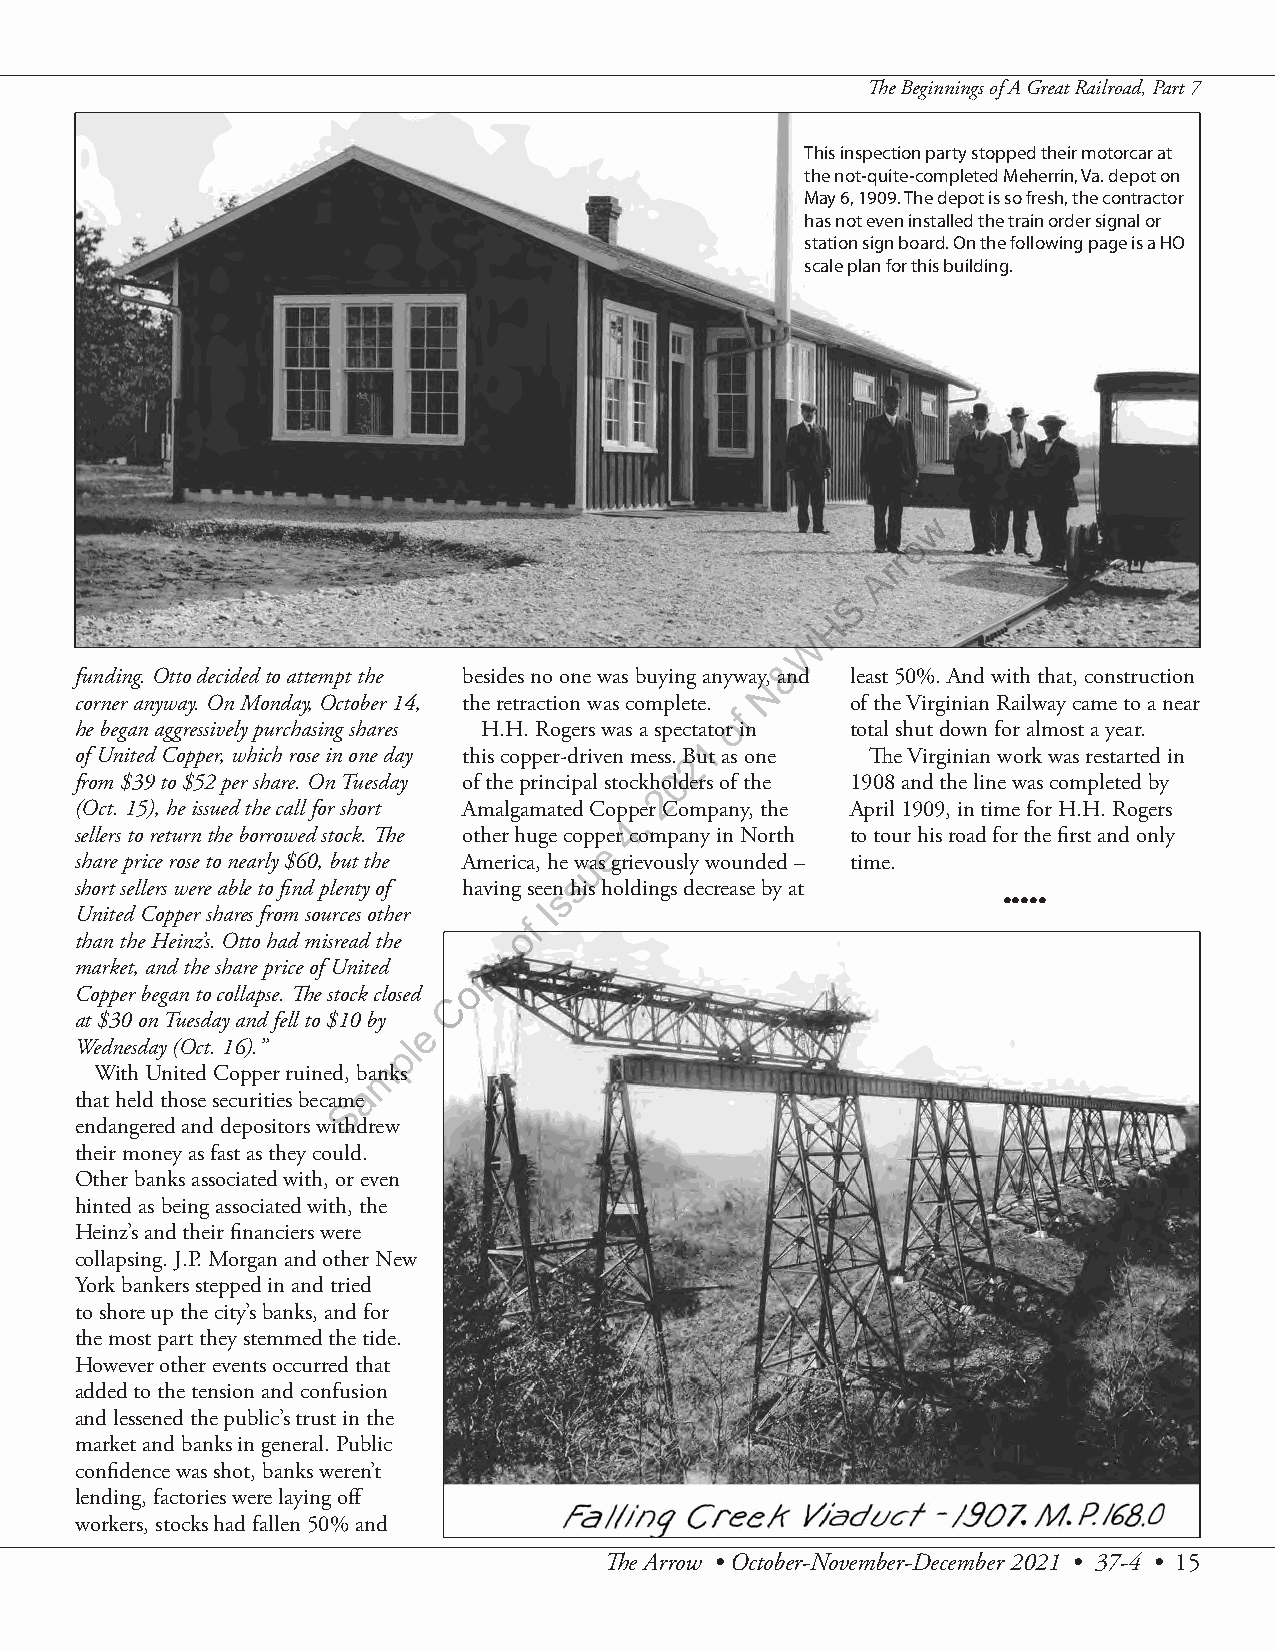
The Beginnings of A Great Railroad, Part 7
 This inspection party stopped their motorcar at
 the not-quite-completed Meherrin, Va. depot on
 May 6, 1909. The depot is so fresh, the contractor
 has not even installed the train order signal or
 station sign board. On the following page is a HO
 scale plan for this building.
 w
 o
 r
 r
 A
 S
 H
 W
 &
 funding. Otto decided to attempt the besides no one was buying anyway, and least 50%. And with that, construction
 N
 corner anyway. On Monday, October 14, the retraction was complete. of the Virginian Railway came to a near
 f
 o
 he began aggressively purchasing shares H.H. Rogers was a spectator in total shut down for almost a year.
 1
 of United Copper, which rose in one day this copper-driven mess. B2ut as one The Virginian work was restarted in
 from $39 to $52 per share. On Tuesday of the principal stockho0 lders of the 1908 and the line was completed by
 2
 (Oct. 15), he issued the call for short Amalgamated Copp, er Company, the April 1909, in time for H.H. Rogers
 4
 sellers to return the borrowed stock. The other huge copp er company in North to tour his road for the first and only
 e
 share price rose to nearly $60, but the America, he wuas grievously wounded – time.
 s
 short sellers were able to find plenty of having seens his holdings decrease by at
 I                             •••••
 United Copper shares from sources other
 f
 o
 than the Heinz’s. Otto had misread the
 y
 market, and the share price of United p
 o
 Copper began to collapse. The stock closed C
 at $30 on Tuesday and fell to $10 by
 e
 Wednesday (Oct. 16).” pl
 m
 With United Copper ruined, banks
 a
 that held those securities becamSe
 endangered and depositors withdrew
 their money as fast as they could.
 Other banks associated with, or even
 hinted as being associated with, the
 Heinz’s and their financiers were
 collapsing. J.P. Morgan and other New
 York bankers stepped in and tried
 to shore up the city’s banks, and for
 the most part they stemmed the tide.
 However other events occurred that
 added to the tension and confusion
 and lessened the public’s trust in the
 market and banks in general. Public
 confidence was shot, banks weren’t
 lending, factories were laying off
 workers, stocks had fallen 50% and
 The Arrow • October-November-December 2021 • 37-4 • 15